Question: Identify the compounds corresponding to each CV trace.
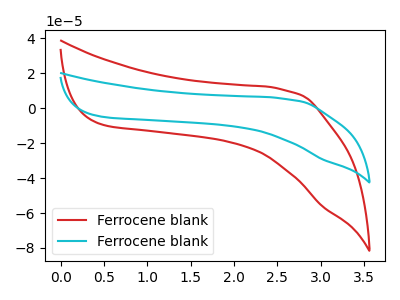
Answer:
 <answer>The red curve is labeled "Ferrocene blank1". The cyan curve is labeled "Ferrocene blank2".</answer>
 <eval></eval>